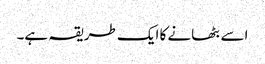
اسے بٹھانے کا ایک طریقہ ہے۔